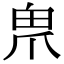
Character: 𤰲